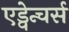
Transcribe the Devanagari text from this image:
एड्वेन्चर्स